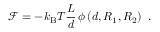
{ \mathcal { F } } = - k _ { \mathrm { B } } T \frac { L } { d } \, \phi \left( d , R _ { 1 } , R _ { 2 } \right) ~ .